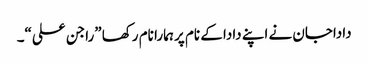
داداجان نے اپنے دادا کے نام پر ہمارا نام رکھا ”راجن علی“۔